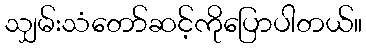
သျှမ်းသံတော်ဆင့်ကိုပြောပါတယ်။